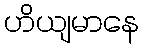
ဟိယျမာနေ